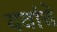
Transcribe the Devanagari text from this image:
यवांचे